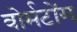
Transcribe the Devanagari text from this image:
वोर्मटोंग